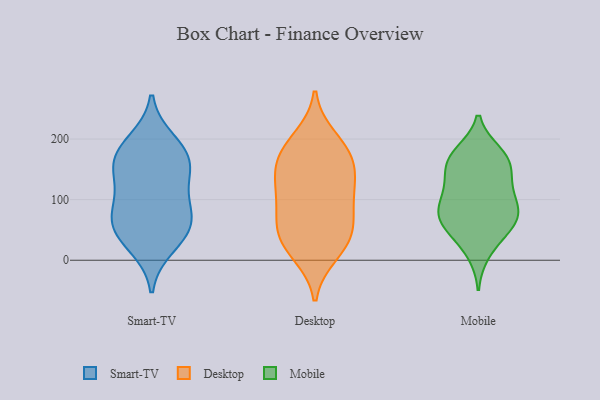
{"axis": {"x": "Production Output", "y": "Value"}, "legend": ["Desktop", "Mobile", "Smart-TV"], "data": [{"x": "", "y": 58, "type": "Smart-TV"}, {"x": "", "y": 89, "type": "Smart-TV"}, {"x": "", "y": 180, "type": "Smart-TV"}, {"x": "", "y": 50, "type": "Smart-TV"}, {"x": "", "y": 196, "type": "Smart-TV"}, {"x": "", "y": 120, "type": "Smart-TV"}, {"x": "", "y": 158, "type": "Smart-TV"}, {"x": "", "y": 23, "type": "Smart-TV"}, {"x": "", "y": 82, "type": "Smart-TV"}, {"x": "", "y": 150, "type": "Smart-TV"}, {"x": "", "y": 166, "type": "Smart-TV"}, {"x": "", "y": 50, "type": "Smart-TV"}, {"x": "", "y": 90, "type": "Desktop"}, {"x": "", "y": 130, "type": "Desktop"}, {"x": "", "y": 54, "type": "Desktop"}, {"x": "", "y": 40, "type": "Desktop"}, {"x": "", "y": 12, "type": "Desktop"}, {"x": "", "y": 24, "type": "Desktop"}, {"x": "", "y": 48, "type": "Desktop"}, {"x": "", "y": 139, "type": "Desktop"}, {"x": "", "y": 200, "type": "Desktop"}, {"x": "", "y": 176, "type": "Desktop"}, {"x": "", "y": 172, "type": "Desktop"}, {"x": "", "y": 92, "type": "Desktop"}, {"x": "", "y": 121, "type": "Desktop"}, {"x": "", "y": 174, "type": "Desktop"}, {"x": "", "y": 76, "type": "Mobile"}, {"x": "", "y": 38, "type": "Mobile"}, {"x": "", "y": 177, "type": "Mobile"}, {"x": "", "y": 69, "type": "Mobile"}, {"x": "", "y": 174, "type": "Mobile"}, {"x": "", "y": 83, "type": "Mobile"}, {"x": "", "y": 156, "type": "Mobile"}, {"x": "", "y": 60, "type": "Mobile"}, {"x": "", "y": 78, "type": "Mobile"}, {"x": "", "y": 97, "type": "Mobile"}, {"x": "", "y": 56, "type": "Mobile"}, {"x": "", "y": 12, "type": "Mobile"}, {"x": "", "y": 170, "type": "Mobile"}, {"x": "", "y": 156, "type": "Mobile"}, {"x": "", "y": 137, "type": "Mobile"}, {"x": "", "y": 118, "type": "Mobile"}, {"x": "", "y": 114, "type": "Mobile"}]}